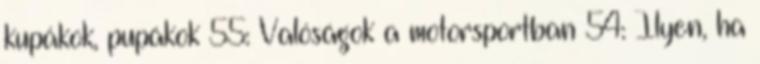
kupákok, pupákok 55: Valóságok a motorsportban 54: Ilyen, ha